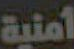
أمنية